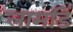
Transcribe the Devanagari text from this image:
लामडिं